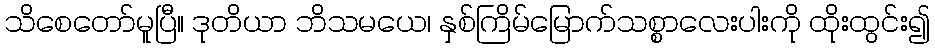
သိစေတော်မူပြီ။ ဒုတိယာ ဘိသမယေ၊ နှစ်ကြိမ်မြောက်သစ္စာလေးပါးကို ထိုးထွင်း၍